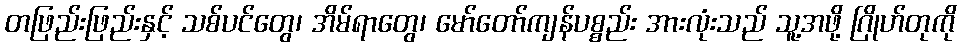
တဖြည်းဖြည်းနှင့် သစ်ပင်တွေ၊ အိမ်ရာတွေ၊ မော်တော်ကျန်ပစ္စည်း အားလုံးသည် သူ့အဖို့ ဂြိုဟ်တုကို